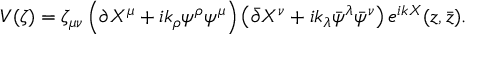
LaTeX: V ( \zeta ) = \zeta _ { \mu \nu } \left( \partial X ^ { \mu } + i k _ { \rho } \psi ^ { \rho } \psi ^ { \mu } \right) \left( \bar { \partial } X ^ { \nu } + i k _ { \lambda } \bar { \psi } ^ { \lambda } \bar { \psi } ^ { \nu } \right) e ^ { i k X } ( z , \bar { z } ) .